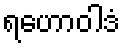
ရဟောဝါဒံ